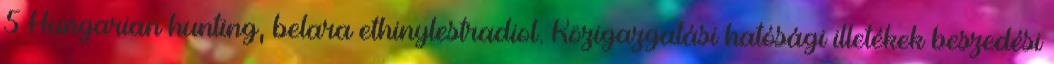
5 Hungarian hunting, belara ethinylestradiol. Közigazgatási hatósági illetékek beszedési